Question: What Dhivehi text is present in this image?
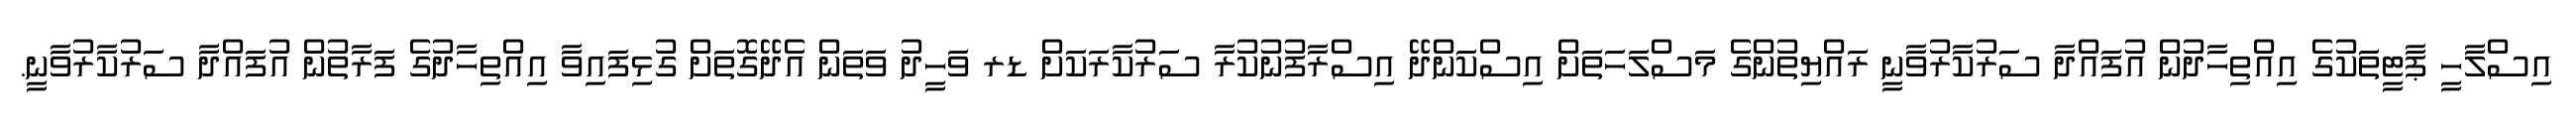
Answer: އިސްލާހީ ޕާޓީތަކުގެ އިއްތިހާދުން އުފައްދާ ސަރުކާރުވާނީ ރައްޔިތުންގެ މަސްލަހަތަށް އިސްކަންދޭ އިސްރާފުނުކުރާ ސަރުކާރަކަށް ޑރ ވަހީދު ވަތަން އެދޭގޮތަށް ގުޅިފައިވާ އިއްތިހާދުގެ ފަރާތުން އުފައްދާ ސަރުކާރުވާނީ.